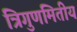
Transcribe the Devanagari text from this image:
त्रिगुणमितीय